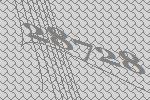
28728